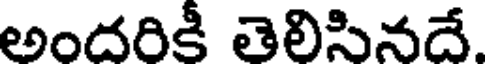
అందరికీ తెలిసినదే